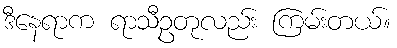
ဒီနေရာက ရာသီဥတုလည်း ကြမ်းတယ်။